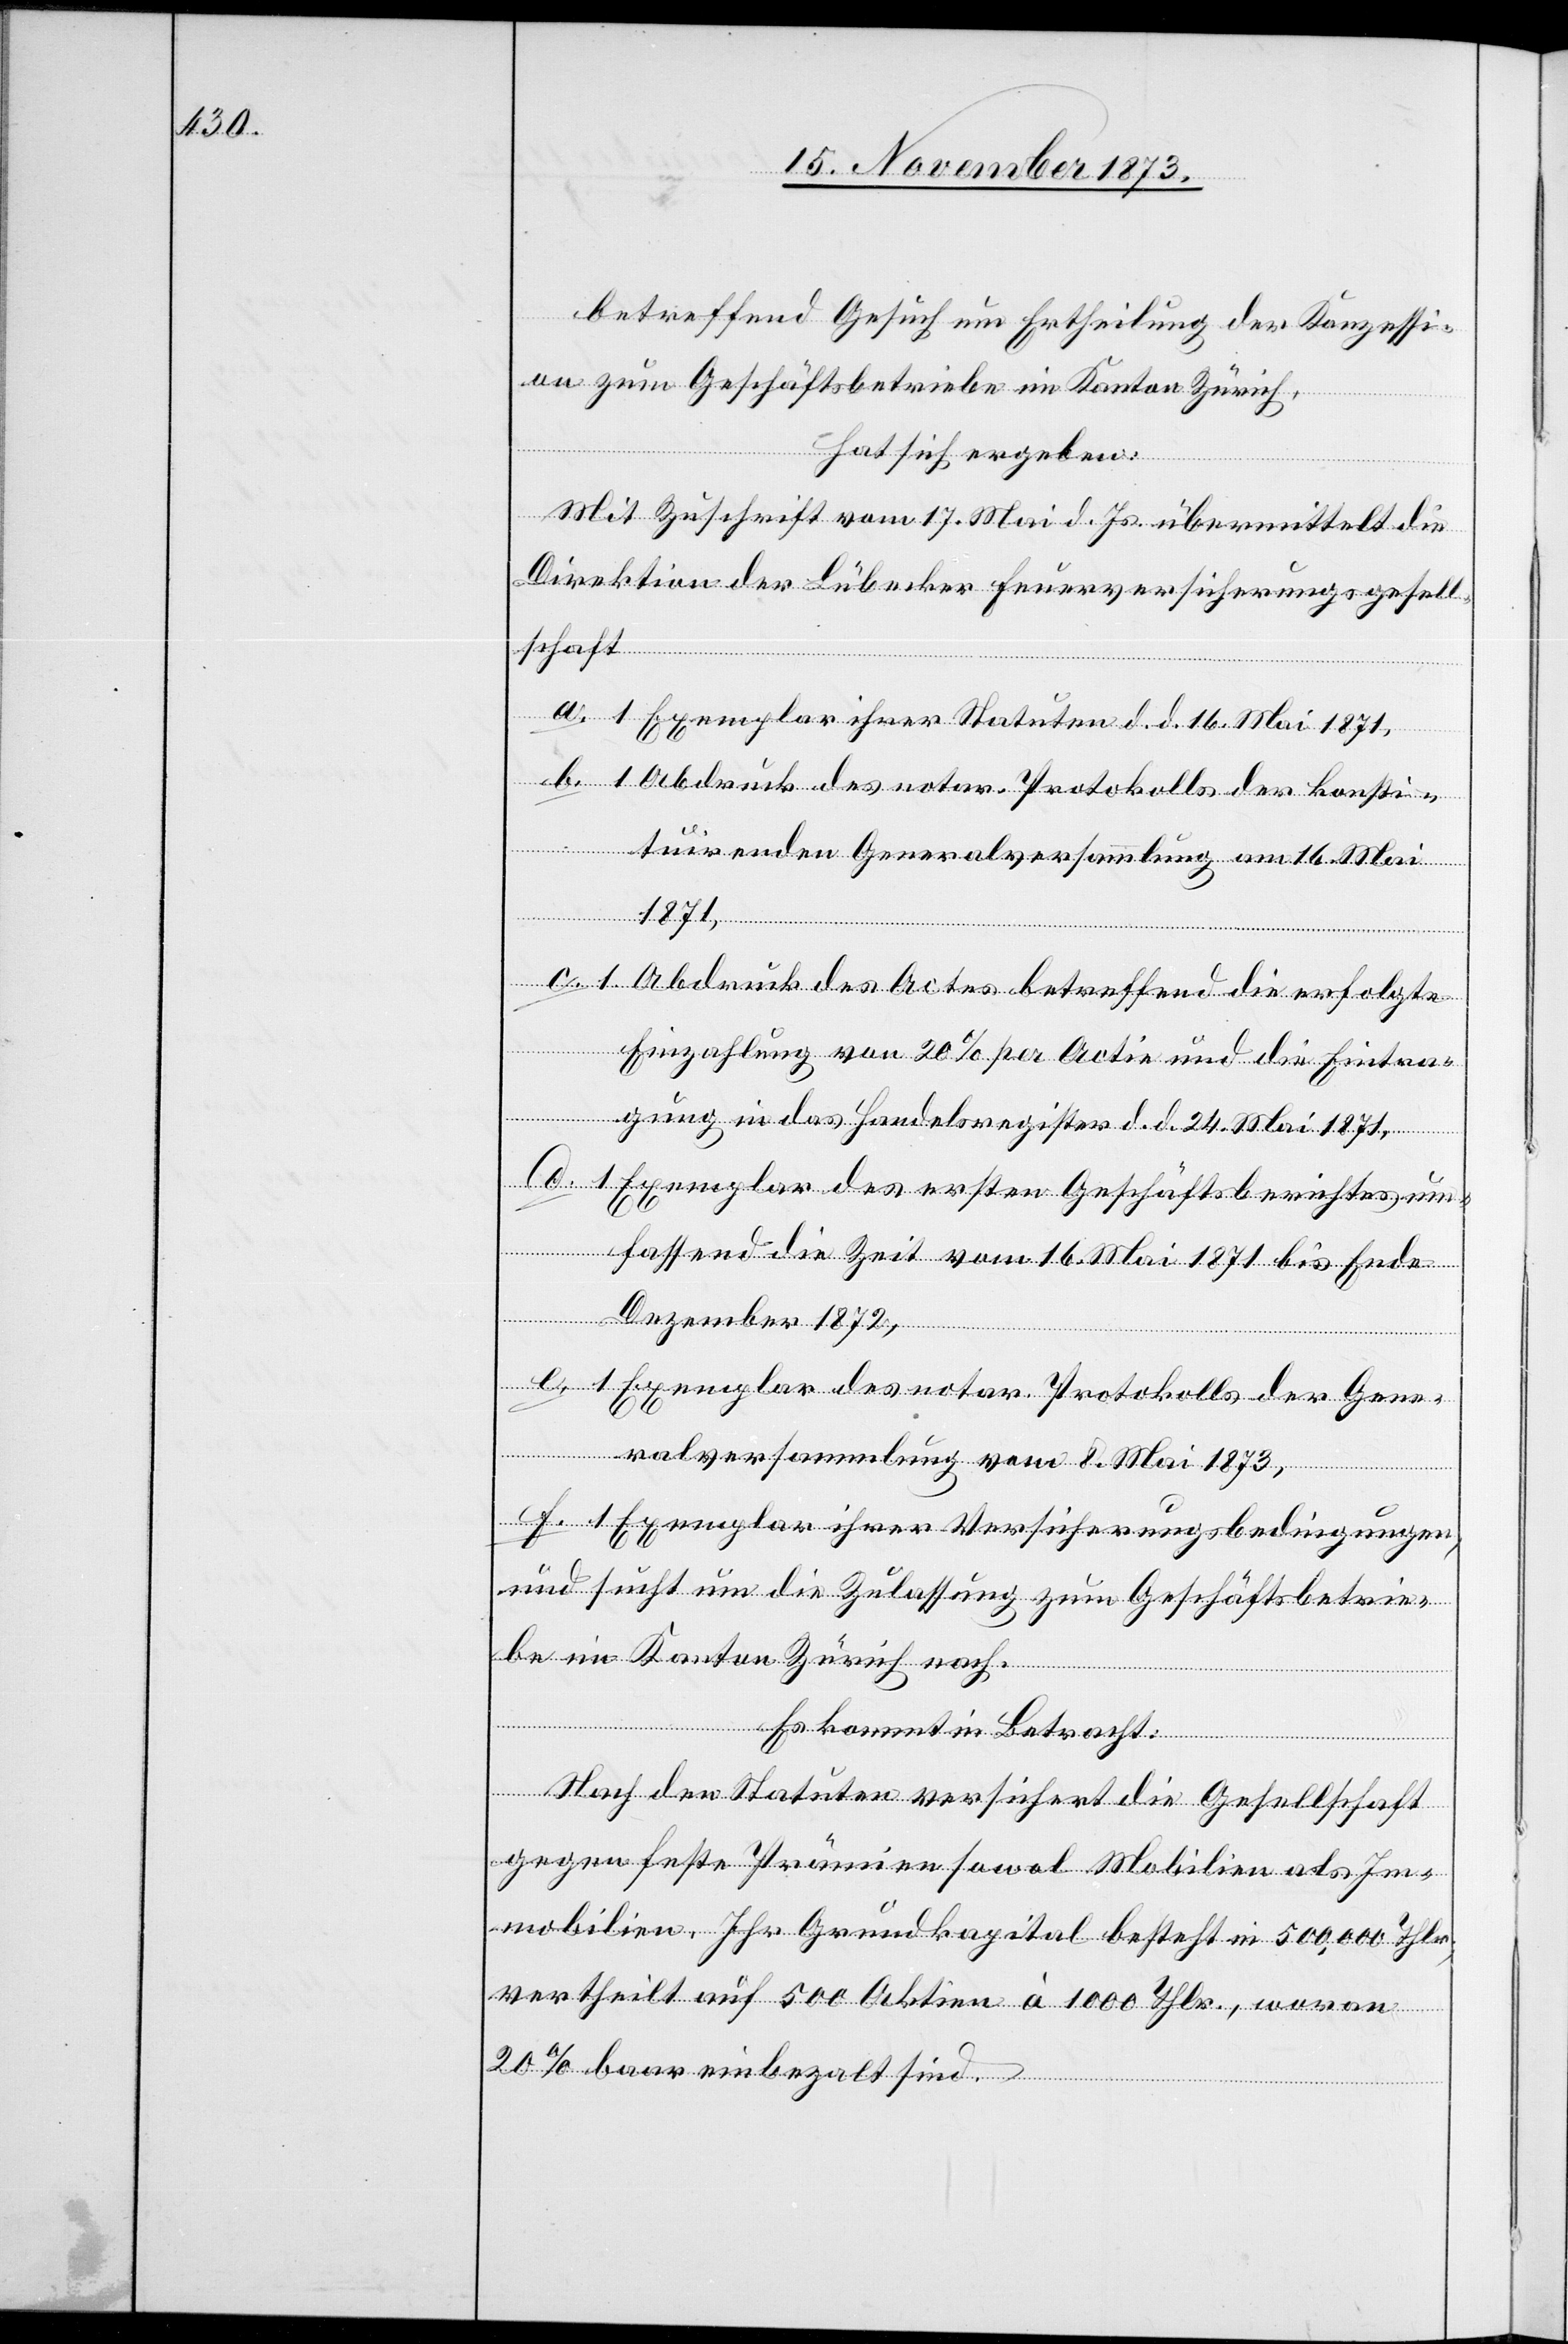
betreffend Gesuch um Ertheilung der Konzessi¬
on zum Geschäftsbetriebe im Kanton Zürich,
hat sich ergeben:
Mit Zuschrift vom 17. Mai d. Js. übermittelt die
Direktion der Lübecker Feuerversicherungsgesell¬
schaft
a. 1 Exemplar ihrer Statuten d. d. 16. Mai 1871,
b. 1 Abdruck des notar. Protokolls der konsti¬
tuirenden Generalversammlung am 16. Mai
1871,
c. 1 Abdruck des Actes betreffend die erfolgte
Einzahlung von 20% per Actie und die Eintra¬
gung in das Handelsregister d. d. 24. Mai 1871,
d. 1 Exemplar des ersten Geschäftsberichtes um¬
fassend die Zeit vom 16. Mai 1871 bis Ende
Dezember 1872,
e. 1 Exemplar des notar. Protokolls der Gene¬
ralversammlung vom 8. Mai 1873,
f. 1 Exemplar ihrer Versicherungsbedingungen,
und sucht um die Zulassung zum Geschäftsbetrie¬
be im Kanton Zürich nach.
Es kommt in Betracht:
Nach den Statuten versichert die Gesellschaft
gegen feste Prämien sowol Mobilien als Im¬
mobilien. Ihr Grundkapital besteht in 500,000 Thlr,
vertheilt auf 500 Aktien à 1 000 Thlr., woran
20% baar einbezalt sind.